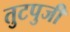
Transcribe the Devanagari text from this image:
तुटपुजी